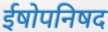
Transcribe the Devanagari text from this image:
ईषोपनिषद